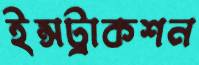
ইন্সট্রাকশন